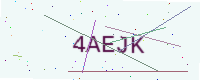
Text: 4AEJK